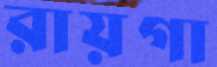
রায়গা